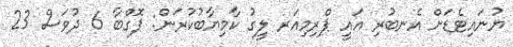
ޔުނައިޓެޑަށް އެނބުރި އައީ ޕްރިމިއަރ ލީގު ކާމިޔާބުކުރަން: ޕޮގްބާ 6 ދުވަސް 23